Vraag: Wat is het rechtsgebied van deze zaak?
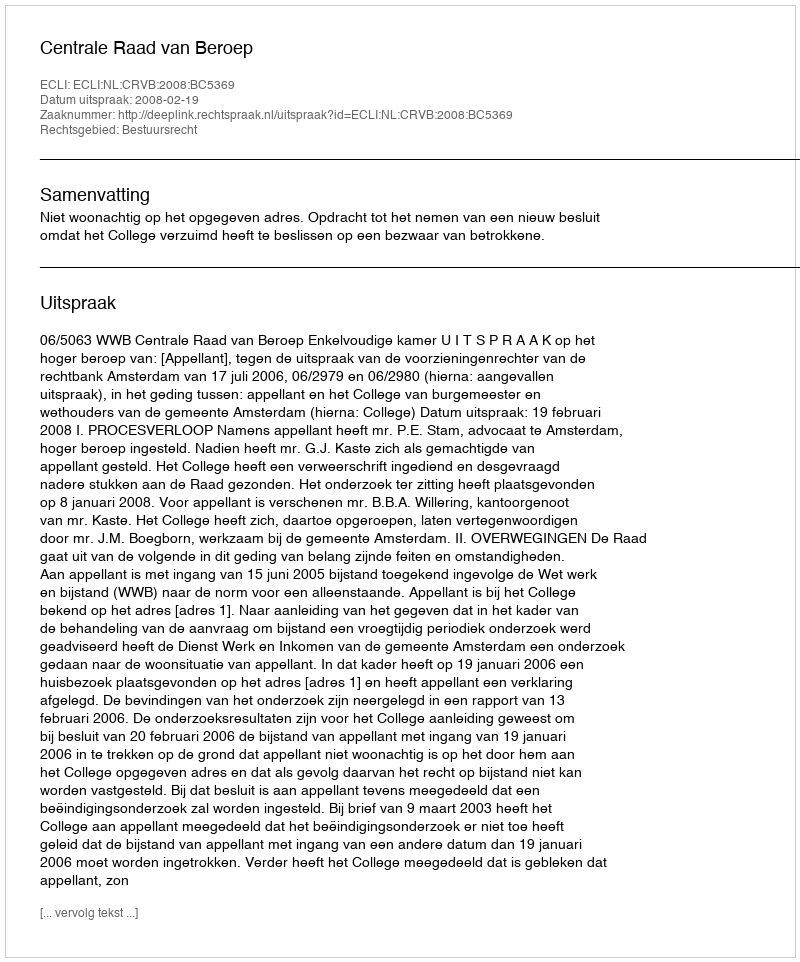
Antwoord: Bestuursrecht